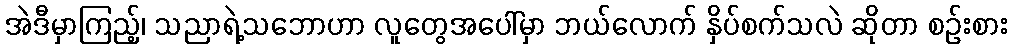
အဲဒီမှာကြည့်၊ သညာရဲ့သဘောဟာ လူတွေအပေါ်မှာ ဘယ်လောက် နှိပ်စက်သလဲ ဆိုတာ စဉ်းစား